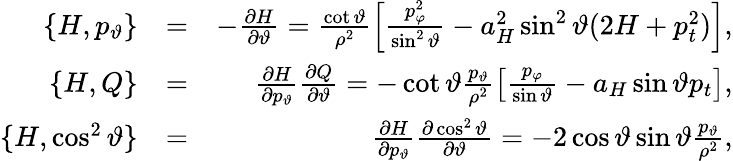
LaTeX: \begin{array}{rlr}{\{ H,p_{\vartheta}\} }&{=}&{-\frac{\partial H}{\partial\vartheta}=\frac{\cot\vartheta}{\rho^{2}}\left[\frac{p_{\varphi}^{2}}{\sin^{2}\vartheta}-a_{H}^{2}\sin^{2}\vartheta(2H+p_{t}^{2})\right],}\\ {\{ H,Q\} }&{=}&{\frac{\partial H}{\partial p_{\vartheta}}\frac{\partial Q}{\partial\vartheta}=-\cot\vartheta\frac{p_{\vartheta}}{\rho^{2}}\left[\frac{p_{\varphi}}{\sin\vartheta}-a_{H}\sin\vartheta p_{t}\right],}\\ {\{ H,\cos^{2}\vartheta\} }&{=}&{\frac{\partial H}{\partial p_{\vartheta}}\frac{\partial\cos^{2}\vartheta}{\partial\vartheta}=-2\cos\vartheta\sin\vartheta\frac{p_{\vartheta}}{\rho^{2}},}\end{array}